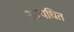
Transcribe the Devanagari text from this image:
अत्यधित